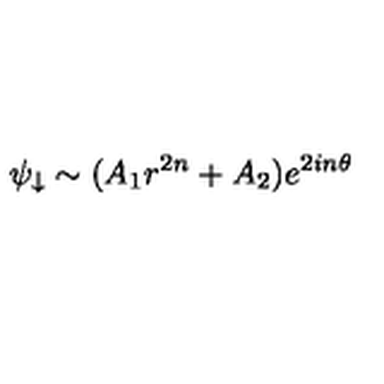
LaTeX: \psi _ { \downarrow } \sim ( A _ { 1 } r ^ { 2 n } + A _ { 2 } ) e ^ { 2 i n \theta }